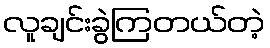
လူချင်းခွဲကြတယ်တဲ့